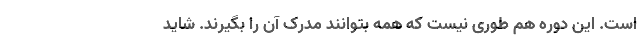
است. این دوره هم طوری نیست که همه بتوانند مدرک آن را بگیرند. شاید